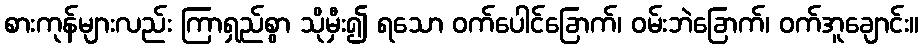
စားကုန်များလည်း ကြာရှည်စွာ သိုမှီး၍ ရသော ဝက်ပေါင်ခြောက်၊ ဝမ်းဘဲခြောက်၊ ဝက်အူချောင်း။